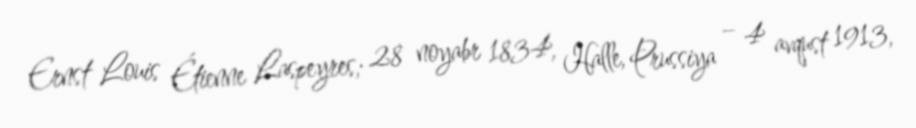
Ernst Louis Étienne Laspeyres; 28 noyabr 1834, Halle, Prussiya – 4 avqust 1913,